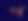
গ